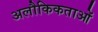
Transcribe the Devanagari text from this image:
अलौकिकताओं